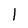
Character: 1